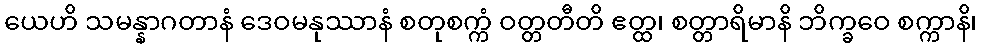
ယေဟိ သမန္နာဂတာနံ ဒေဝမနုဿာနံ စတုစက္ကံ ဝတ္တတီတိ ဧတ္ထ၊ စတ္တာရိမာနိ ဘိက္ခဝေ စက္ကာနိ၊